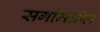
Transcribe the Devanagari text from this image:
सर्गामधील